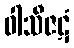
ဝါသီဇဋံ